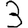
Digit: 3